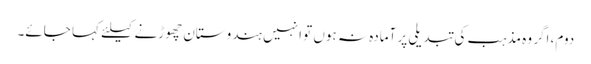
دوم، اگر وہ مذہب کی تبدیلی پر آمادہ نہ ہوں تو انہیں ہندوستان چھوڑنے کیلئے کہا جائے۔